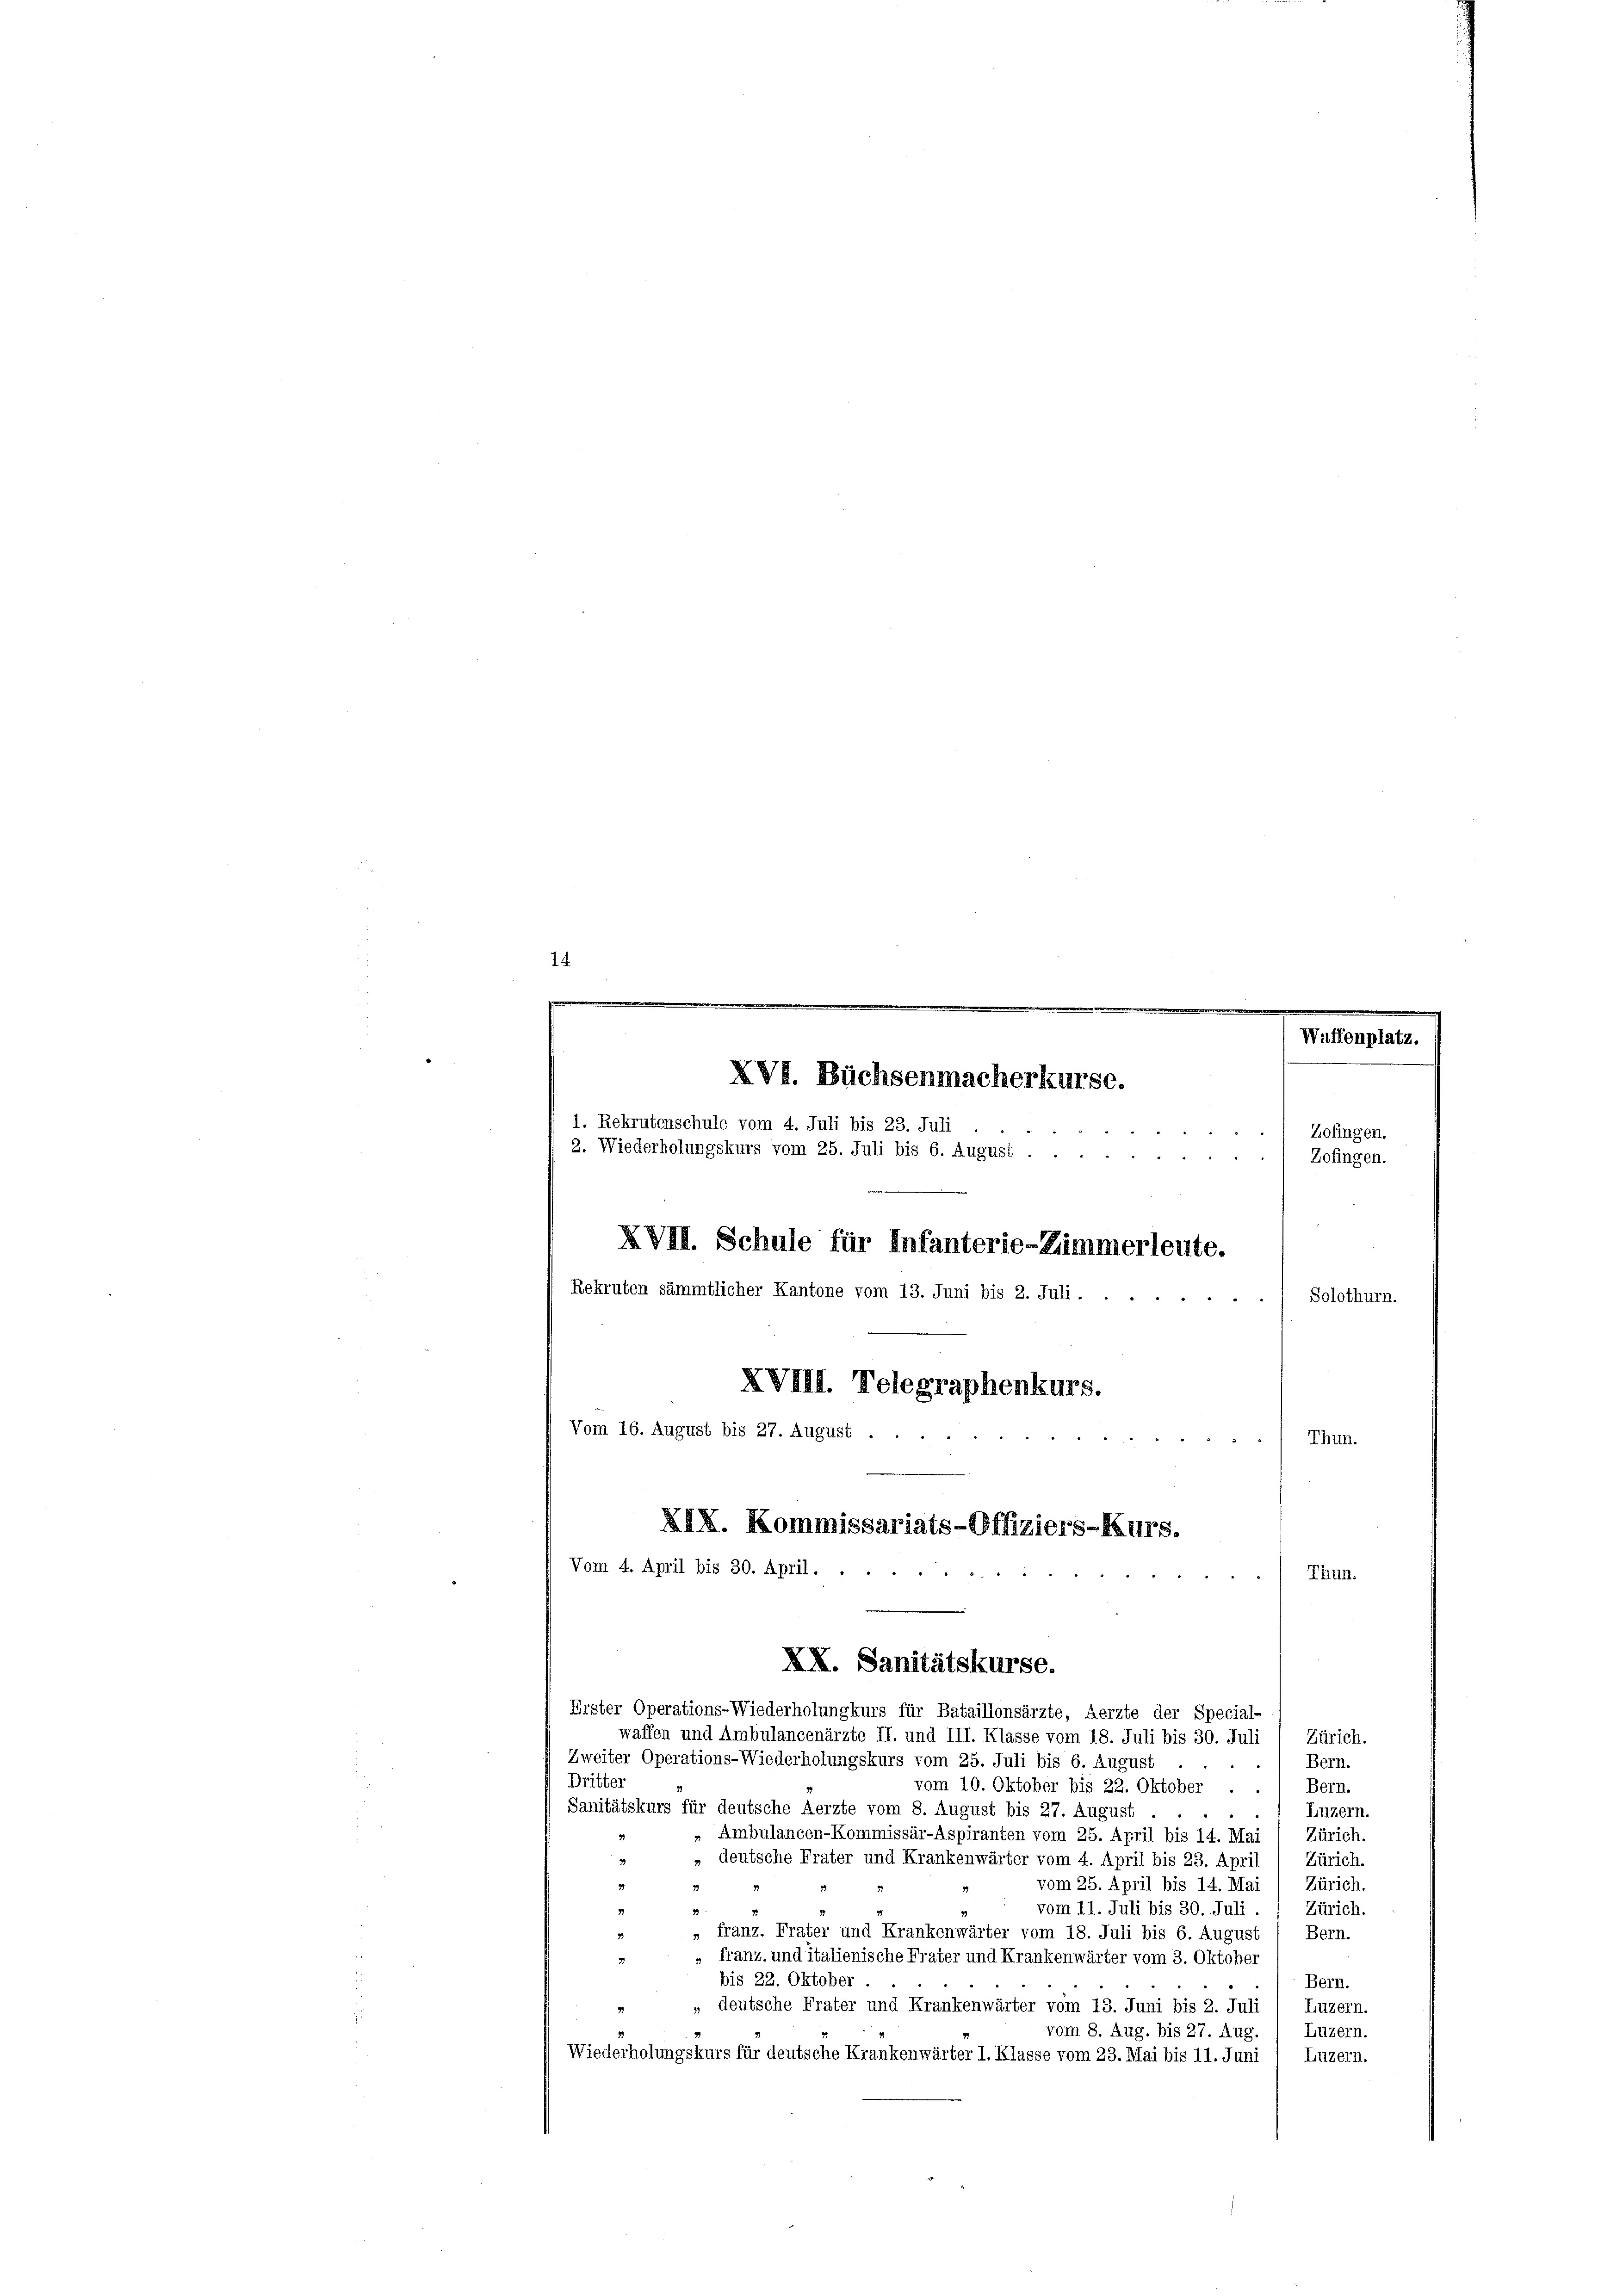
14.
.
Waffenplatz.
XVI. Büchsenmacherkurse.
1. Rekrutenschule vom 4. Juli bis 23. Juli
Zofingen.
2. Wiederholungskurs vom 25. Juli bis 6. August .
Zofingen.
XVII. Schule für Infanterie-Zimmerleute.
Rekruten sämmtlicher Kantone vom 13. Juni bis 2. Juli.
Solothurn.

Vom 16. August bis 27. August ..
Thun.
Vom 4. April bis 30. April.
Thun.
XX. Sanitätskurse.
Erster Operations-Wiederholungkurs für Bataillonsärzte, Aerzte der Special-
waffen und Ambulancenärzte II. und III. Klasse vom 18. Juli bis 30. Juli ( Zürich.

XVIII. Telegraphenkurs.
XIX. Kommissariats-Offiziers-Kurs.

Zweiter Operations-Wiederholungskurs vom 25. Juli bis 6. August
Bern.
Dritter
vom 10. Oktober bis 22. Oktober . .) Bern.
Sanitätskurs für deutsche Aerzte vom 8. August bis 27. August
Luzern.
2
Ambulancen-Kommissär-Aspiranten vom 25. April bis 14. Mai 1 Zürich.
» deutsche Frater und Krankenwärter vom 4. April bis 23. April) Zürich.
vom 25. April bis 14. Mai
Zürich.
vom 11. Juli bis 30. Juli
Zürich.
» franz. Frater und Krankenwärter vom 18. Juli bis 6. August ( Bern.
Franz. und italienische Frater und Krankenwärter vom 3. Oktober
3
bis 22. Oktober
Bern.
„ deutsche Frater und Krankenwärter vom 13. Juni bis 2. Juli / Luzern.
Luzern.
vom 8. Aug. bis 27. Aug.
Wiederholungskurs für deutsche Krankenwärter I. Klasse vom 23. Mai bis 11. Juni
Luzern.